Lunatic asylums United Provinces 1909-1921 - 1909-1921
Year: 1909
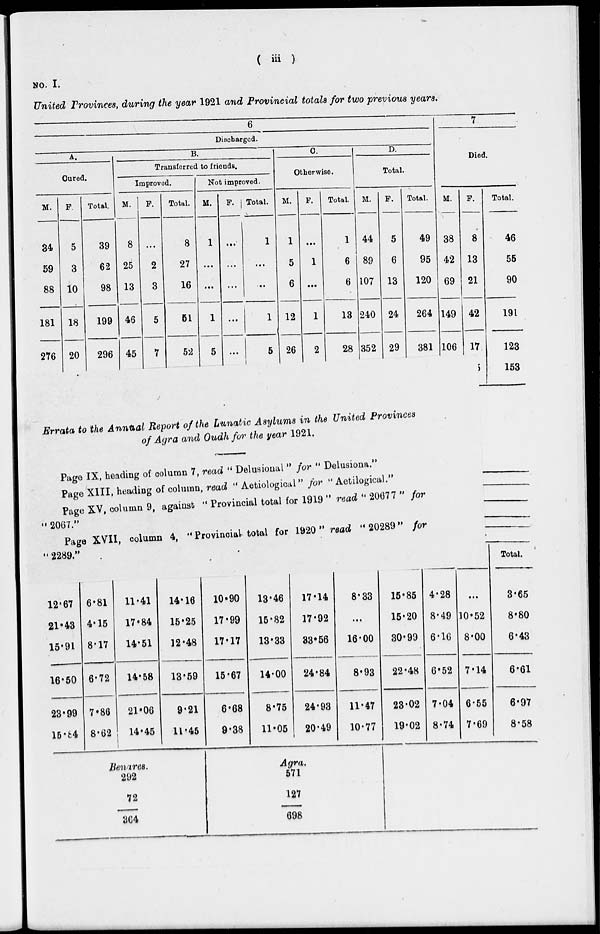
( iii )
NO. IV
United Provinces, during the year 1921 and Provincial totals for two previous years.
6
7
Discharged.
Die
A.
B.
0.
D.
Ourod.
Transferred to friends.
Otherwise.
Total.
i.
Improved.
Not improved.
M.
F.
5
3
10
18
20
Total.
M. ]
8
25
13
46
45
F.
2
3
5
7
Total.
M.
1
1
5
F.
Total.
M.
1
5
6
12
26
P.
1
1
2
Total.
M.
44
89
107
240
352
F.
5
6
13
24
29
Total.
M.
38
42
69
149
106
F.
8
13
21
42
17
)
Total.
34
59
88
39
62
98
8
27
16
...
1
1
6
6
49
95
120
46
55
90
181
199
61
1
13
264
191
276
296
52
5
28
381
123
153
Errata to the Annual Report of the Lunatic Asylums in the United Provinces
of Agra and Oudhfor the year 1921.
Page IX, heading of column 7, read " Delusional » for '« Delusiona."
Page XIII, heading of column, read " Aetiological" for « Aetilogical."
Page XV, column 9, against •■ Provincial total for 1919 »' read " 2067 7 " fo
" 2067.'
Page XVII, column 4, •« Provincial total for 1920 » read '• 20289" for
«<
' 2289."
•
-
Total.
12*67 6*81
11-41
14*16
10*90
13*46
17*14
8*33
15*85 4*28
3*65
21'43 4*15
17 •84
15*25
17*99
15*82
17*92
...
15-20 8*49 10*52
8*80
15*91 8*17
14*51
12*48
17*17
13*33
33*56
16*00
8*93
30*99 6*16 8*00
6*43
16-50 6*72
14*58
13*59
15*67
14-00
24*84
22*48 6*52 7*14
6*61
23*99 7'86
21*06
9*21
6*68
8*75
24*93
11*47
23-02 7«04 6-55
6*97
15*fc4 8*62
14*45 | 11*45
9*38
11*05
20*49
10-77
19*02 8-74 7*69
8*58
Ben ires.
292
A Of tb,
571
72
127
364
698